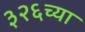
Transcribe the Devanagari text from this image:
३२६च्या